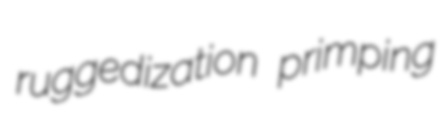
ruggedization primping